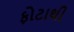
ફોટાથી